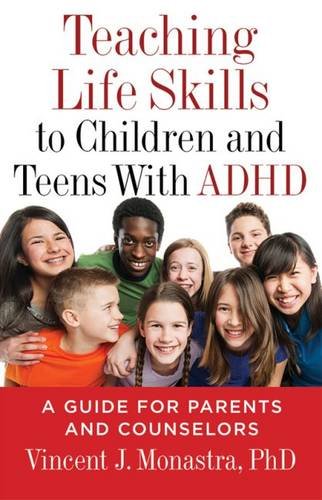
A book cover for Teaching Life Skills to Children and Teens With ADHD: A Guide for Parents and Couselors (Lifetools: Books for the General Public); Vincent J. Monastra; Health, Fitness & Dieting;